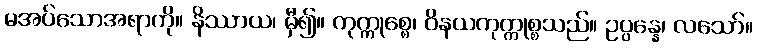
မအပ်သောအရာကို။ နိဿာယ၊ မှီ၍။ ကုက္ကုစ္စေ၊ ဝိနယကုက္ကုစ္စသည်။ ဥပ္ပန္နေ၊ လသော်။